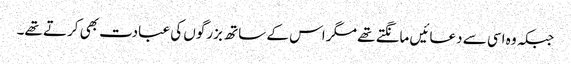
جبکہ وہ اسی سے دعائیں مانگتے تھے مگر اس کے ساتھ بزرگوں کی عبادت بھی کرتے تھے۔